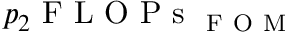
p _ { 2 } \mathrm { ~ F ~ L ~ O ~ P ~ s ~ } _ { \mathrm { ~ F ~ O ~ M ~ } }